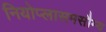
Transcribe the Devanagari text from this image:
नियोप्लासमसौम्य